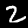
Digit: 2